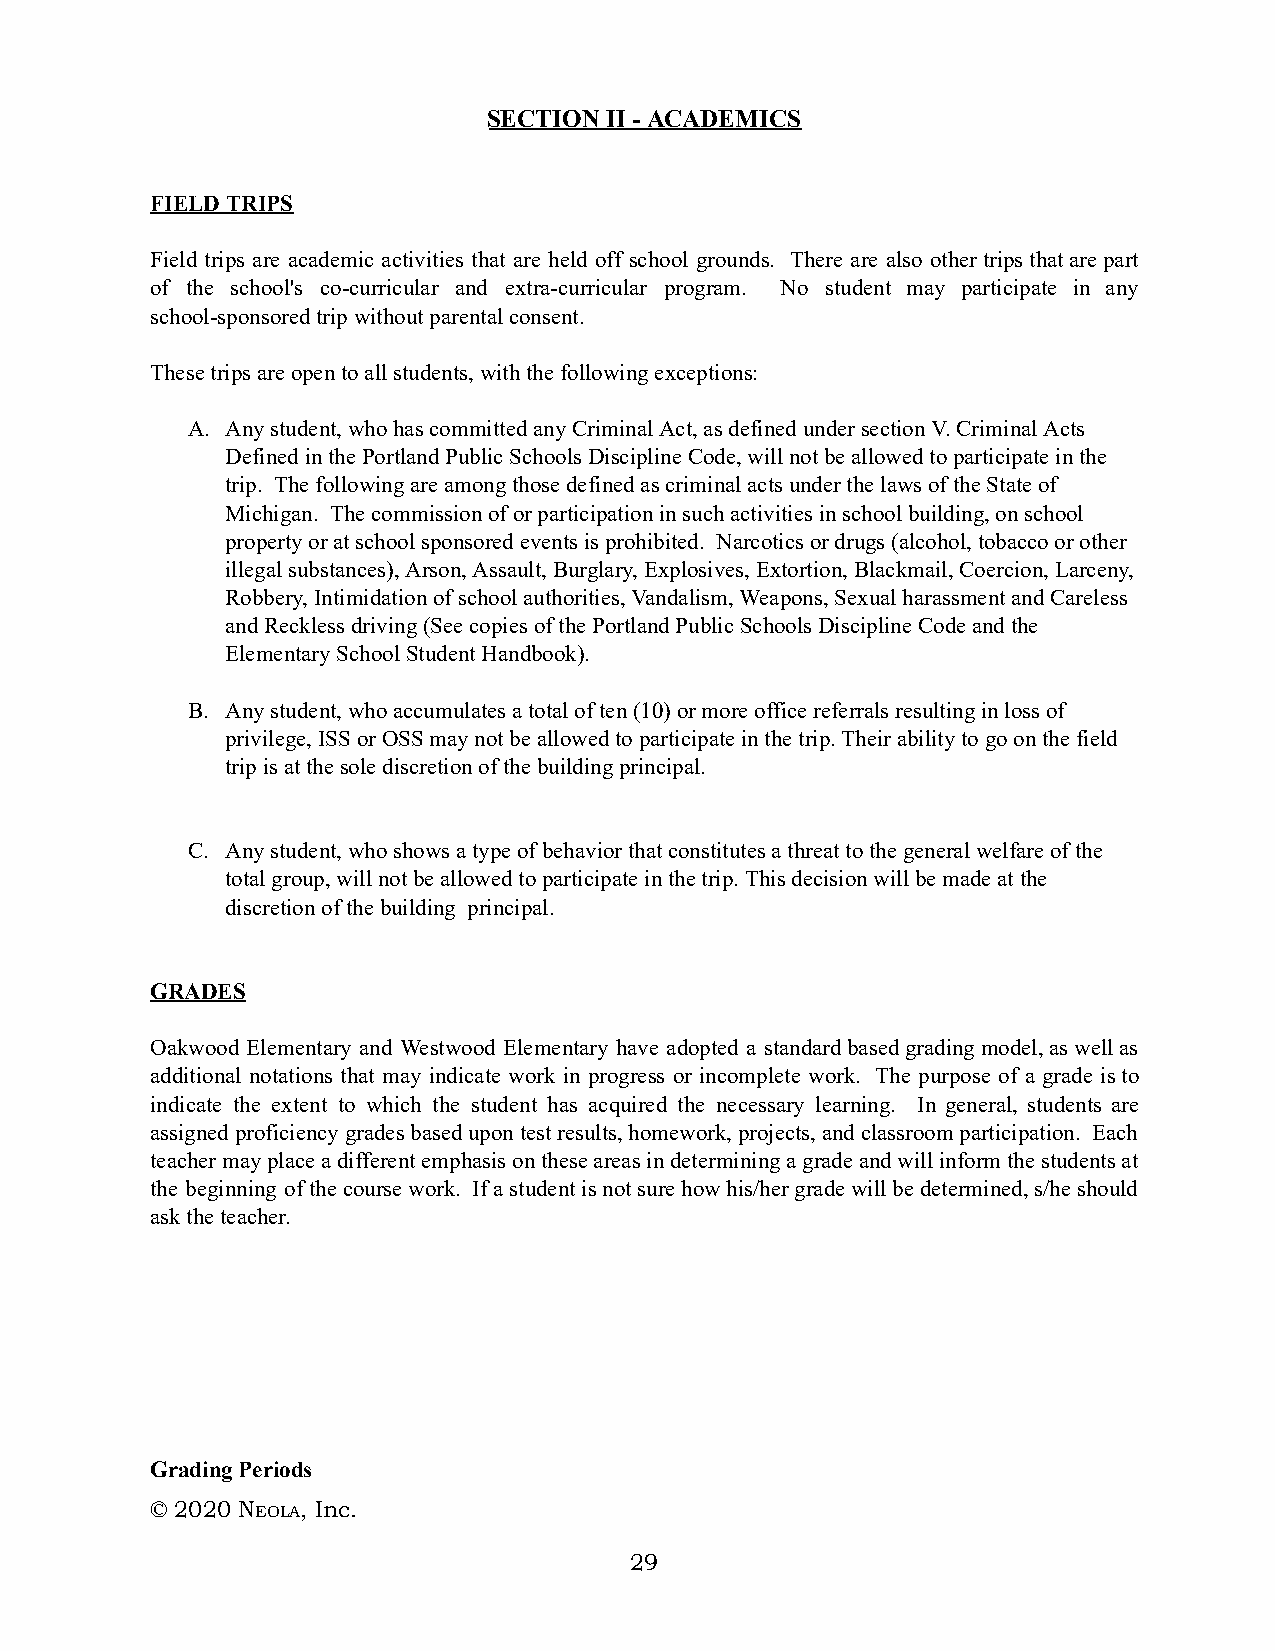
SECTION II - A CADEMICS
 FIELD TRIPS
 Field trips are academic activities that are held off school grounds. There are also other trips that are part
 of the school's co-curricular and extra-curricular program. No student may participate in any
 school-sponsored trip without parental consent.
 These trips are open to all students, with the following exceptions:
 A. Any student, who has committed any Criminal Act, as defined under section V. Criminal Acts
 Defined in the Portland Public Schools Discipline Code, will not be allowed to participate in the
 trip. The following are among those defined as criminal acts under the laws of the State of
 Michigan. The commission of or participation in such activities in school building, on school
 property or at school sponsored events is prohibited. Narcotics or drugs (alcohol, tobacco or other
 illegal substances), Arson, Assault, Burglary, Explosives, Extortion, Blackmail, Coercion, Larceny,
 Robbery, Intimidation of school authorities, Vandalism, Weapons, Sexual harassment and Careless
 and Reckless driving (See copies of the Portland Public Schools Discipline Code and the
 Elementary School Student Handbook).
 B. Any student, who accumulates a total of ten (10) or more office referrals resulting in loss of
 privilege, ISS or OSS may not be allowed to participate in the trip. Their ability to go on the field
 trip is at the sole discretion of the building principal.
 C. Any student, who shows a type of behavior that constitutes a threat to the general welfare of the
 total group, will not be allowed to participate in the trip. This decision will be made at the
 discretion of the building principal.
 GRADES
 Oakwood Elementary and Westwood Elementary have adopted a standard based grading model, as well as
 additional notations that may indicate work in progress or incomplete work. The purpose of a grade is to
 indicate the extent to which the student has acquired the necessary learning. In general, students are
 assigned proficiency grades based upon test results, homework, projects, and classroom participation. Each
 teacher may place a different emphasis on these areas in determining a grade and will inform the students at
 the beginning of the course work. If a student is not sure how his/her grade will be determined, s/he should
 ask the teacher.
 Grading Periods
 © 2020 NE OLA, Inc.
 29